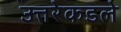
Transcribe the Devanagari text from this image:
उत्तरेकडले